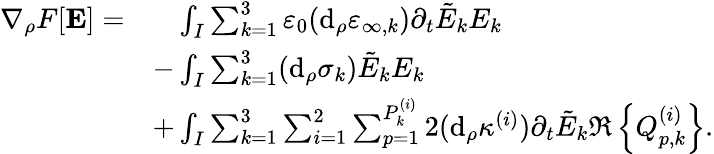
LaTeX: \begin{array}{rl}{\nabla_{\rho}F[\mathbf{E}]=}&{\phantom{+}\int_{I}\sum_{k=1}^{3}\varepsilon_{0}(\mathrm{d}_{\rho}\varepsilon_{\infty,k})\partial_{t}\tilde{E}_{k}E_{k}}\\ &{-\int_{I}\sum_{k=1}^{3}(\mathrm{d}_{\rho}\sigma_{k})\tilde{E}_{k}E_{k}}\\ &{+\int_{I}\sum_{k=1}^{3}\sum_{i=1}^{2}\sum_{p=1}^{P_{k}^{(i)}}2(\mathrm{d}_{\rho}\kappa^{(i)})\partial_{t}\tilde{E}_{k}\Re\left\{ Q_{p,k}^{(i)}\right\} .}\end{array}